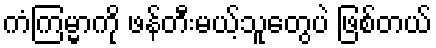
ကံကြမ္မာကို ဖန်တီးမယ့်သူတွေပဲ ဖြစ်တယ်